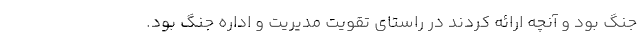
جنگ بود و آنچه ارائه کردند در راستای تقویت مدیریت و اداره جنگ بود.